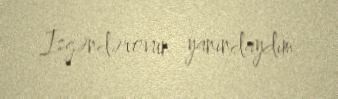
İsgəndərovun yanındaydım.